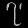
Digit: ၇